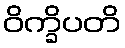
ဝိက္ခိပတိ